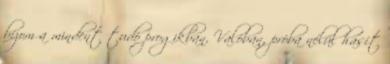
bízom a mindent tudó progikban. Valóban, próba nélül hasít